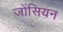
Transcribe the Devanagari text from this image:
जोंसियन